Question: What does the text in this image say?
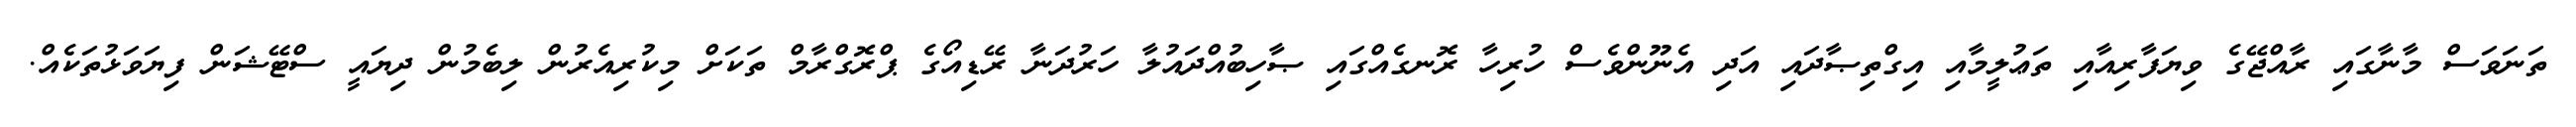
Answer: ތަނަވަސް މާނާގައި ރާއްޖޭގެ ވިޔަފާރިއާއި ތަޢުލީމާއި އިގްތިޞާދައި އަދި އެނޫންވެސް ހުރިހާ ރޮނގެއްގައި ޞާހިބުއްދައުލާ ހަރުދަނާ ރޭޑިއޯގެ ޕްރޮގްރާމް ތަކަށް މިކުރިއެރުން ލިބެމުން ދިޔައީ ސްޓޭޝަން ފިޔަވަޅުތަކެއް.